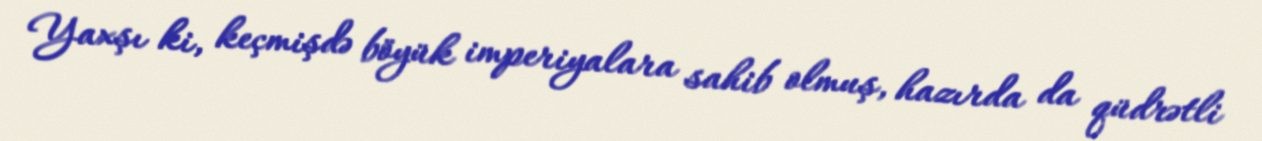
Yaxşı ki, keçmişdə böyük imperiyalara sahib olmuş, hazırda da qüdrətli